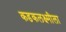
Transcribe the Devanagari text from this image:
कडकलक्ष्मीला